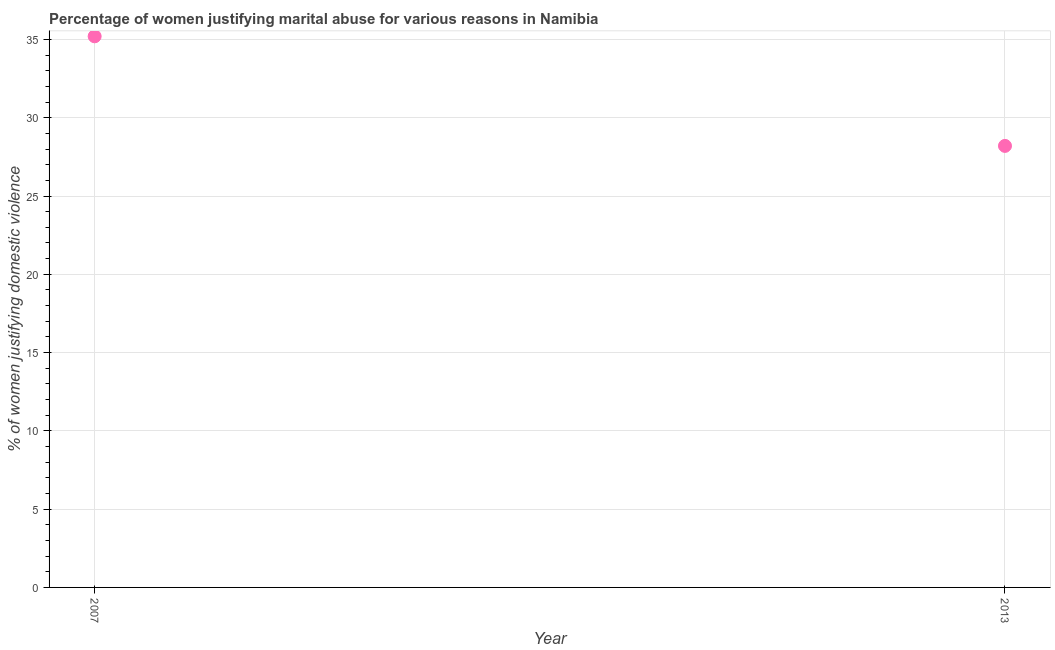
| Year | Physical abuse |
 | --- | --- |
 | 2007 | 35.2 |
 | 2013 | 28.2 |